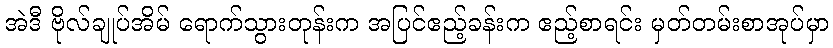
အဲဒီ ဗိုလ်ချုပ်အိမ် ရောက်သွားတုန်းက အပြင်ဧည့်ခန်းက ဧည့်စာရင်း မှတ်တမ်းစာအုပ်မှာ